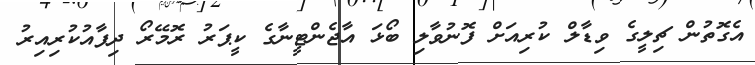
އެގޮތުން ޗިލީގެ ވިޑާލް ކުރިއަށް ފޮނުވާލި ބޯޅަ އާޖެންޓީނާގެ ކީޕަރު ރޮމޭރޯ ދިފާއުކުރިއިރު